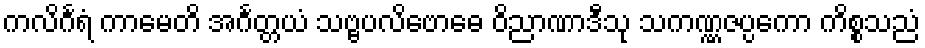
ကလိင်္ဂရံ ကာမေတိ အင်္ဂတ္တယံ သဗ္ဗပလိဗောဓေ ဝိညာဏာဒီသု သကဏ္ဏဇပ္ပကော ကိစ္စသညံ